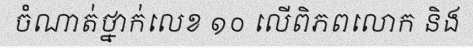
ចំណាត់ថ្នាក់លេខ ១០ លើពិភពលោក និង